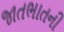
જાતભાતની